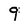
Character: 9